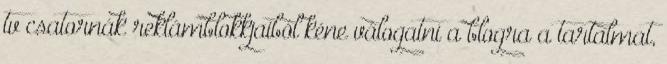
tv csatornák reklámblokkjaiból kéne válogatni a blogra a tartalmat,